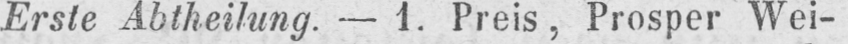
Erste Abtheilung. - 1. Preis, Prosper Wei-